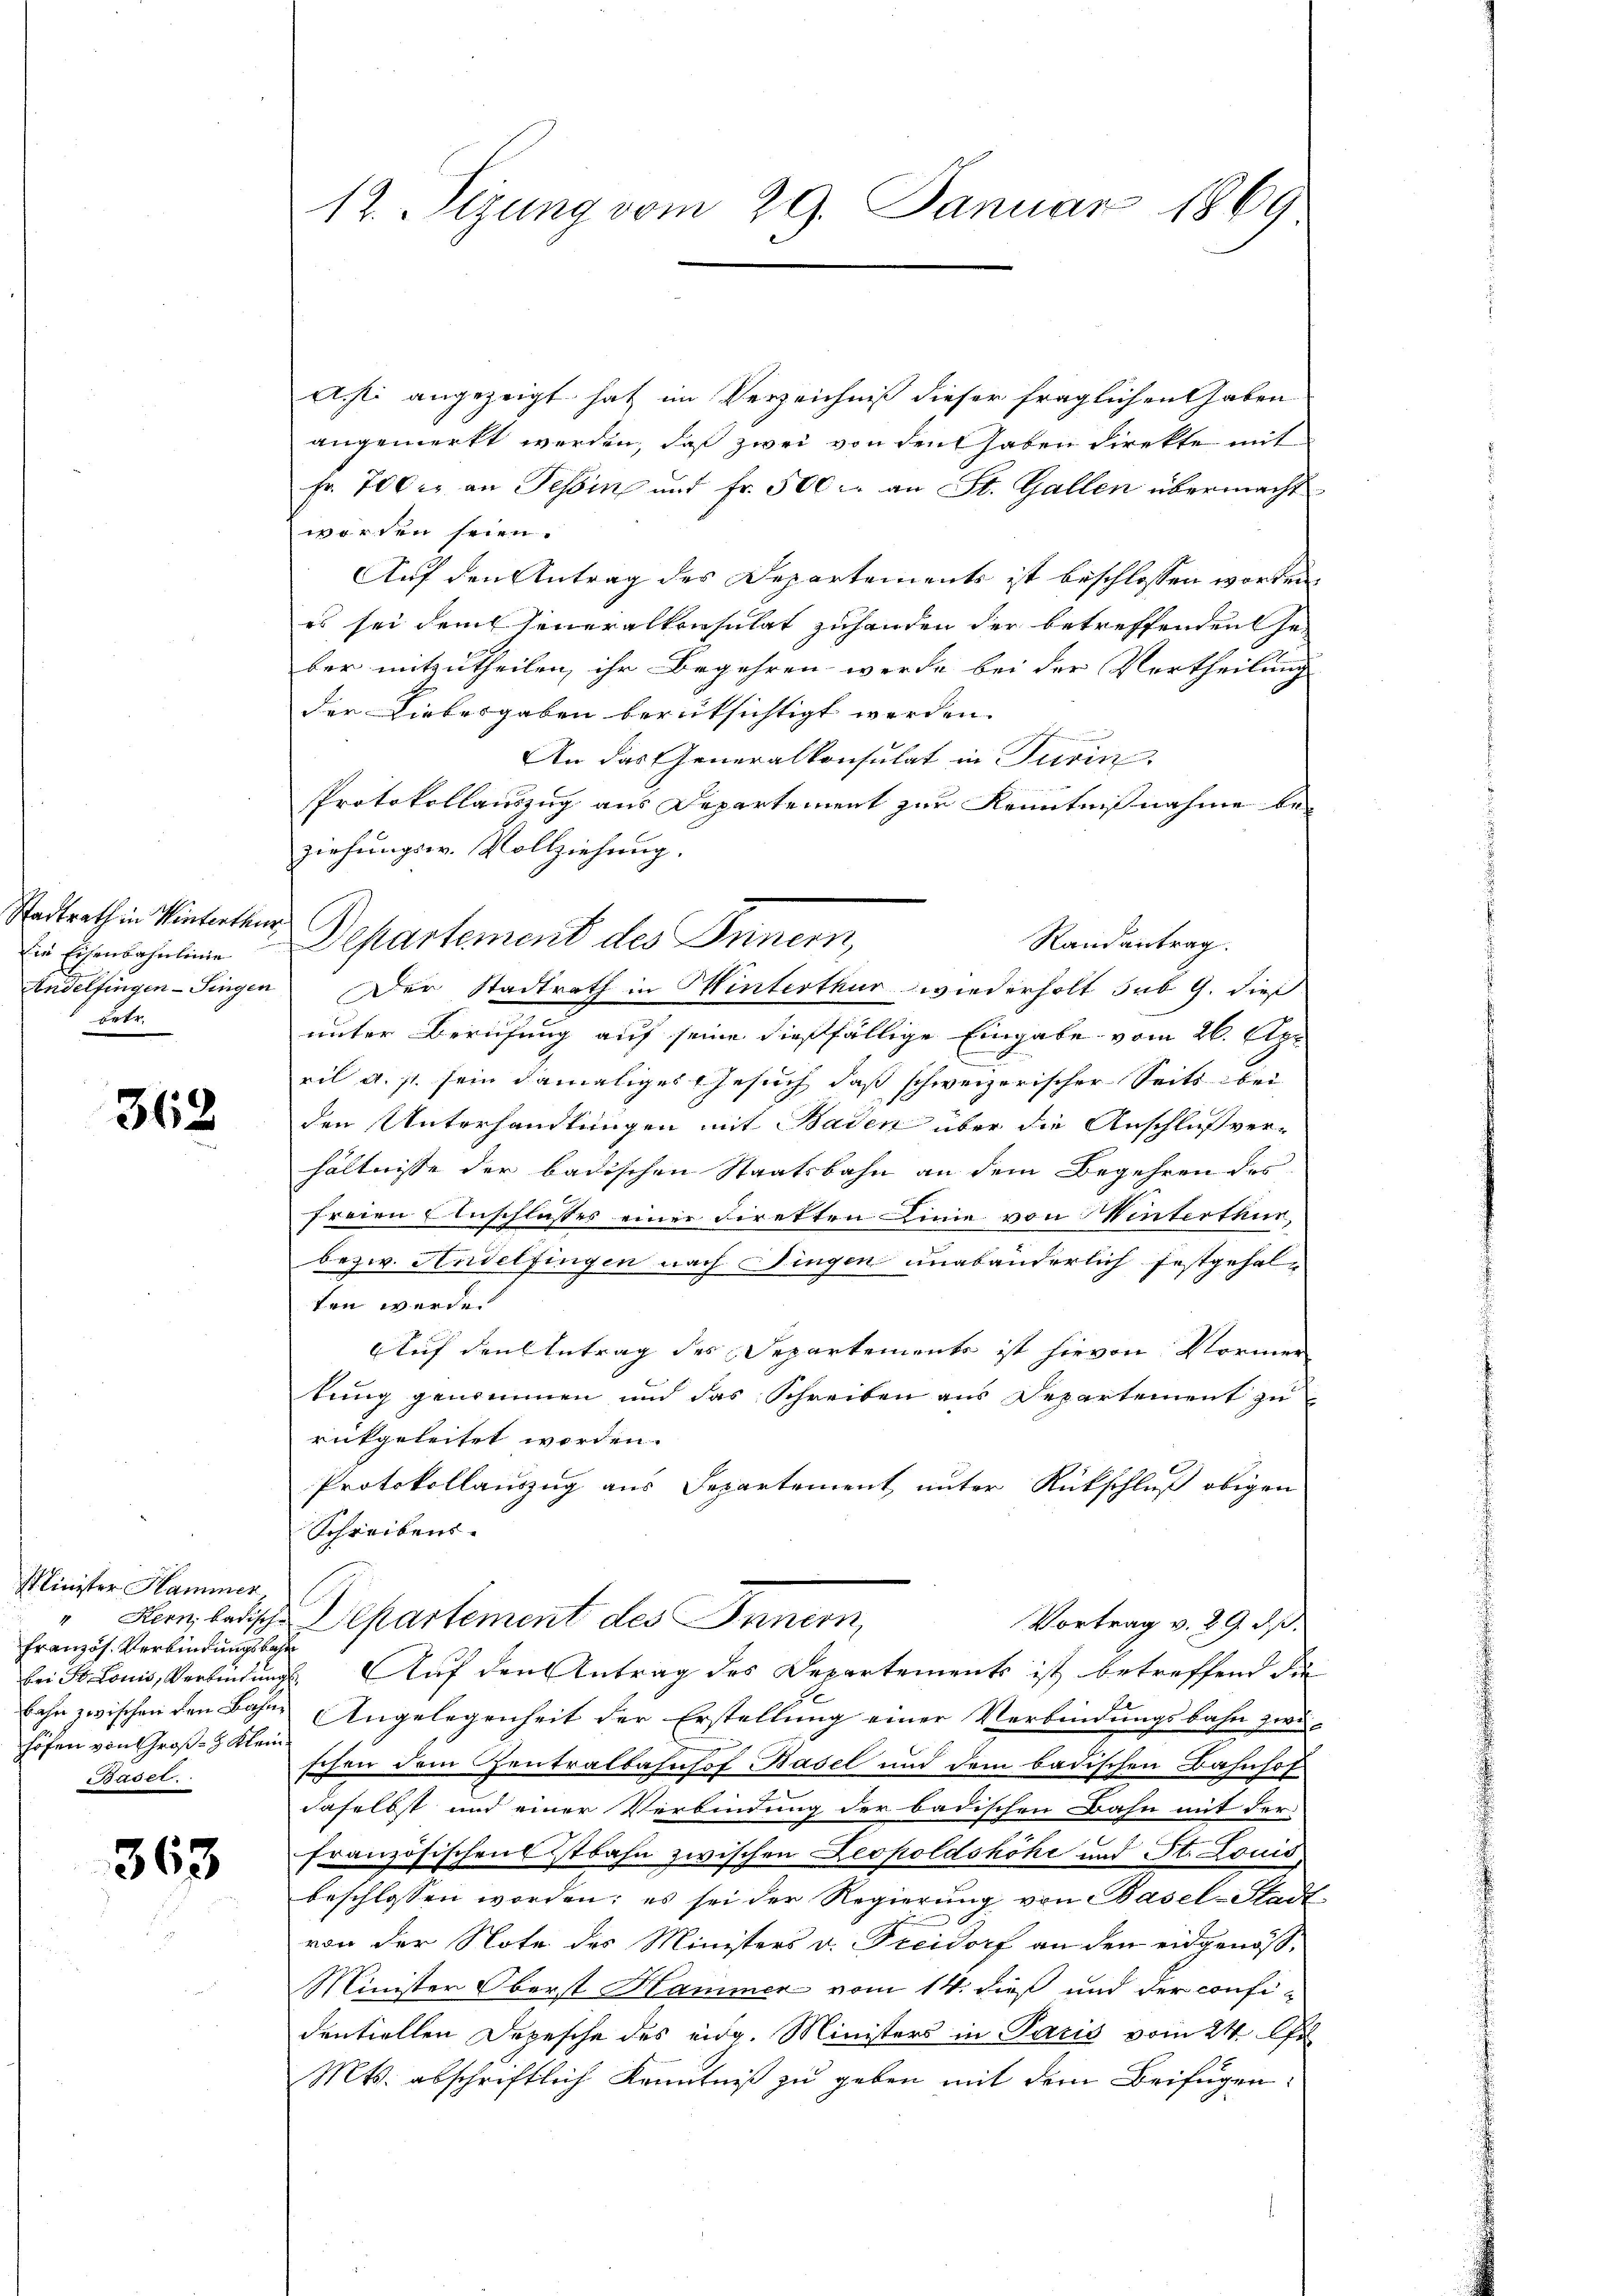
Stadtrath in Winterthur
Die Eisenbahnlinie
Andelfingen-Singen
 betr.

362

Minister Hammer
" Kern, badische
Französ. Verbindungskas
bei St. Louis, Verbindung
bahn zwischen den Bahne
höfen von Groß- & Klein
Bäder.

363

12. Sizung vom 29. Januar 1869

Asti angezeigt hat im Verzeichniß dieser fraglichen haben
angemerkt werden, daß zwei von den haben direkte mit
Fr. 700 er an Tessin und fr. 500 an St. Gallen übermacht
worden seien.
Auf den Antrag des Departements ist beschlossen worden
es sei dem Generalkonsulat zuhanden der betreffenden Ge-
ber mitzutheilen, ihr Begehren werde bei der Vertheilung
der Liebesgaben berüksichtigt werden. |
e
An das Generalkonsulat in Turin
Protokollauszug aus Departement zur Kenntnißnahme beziehungsw. Vollziehung.
Randantrag.
Der Stadtrath in Winterthur wiederholt sub 9. dies
unter Berufung auf seine dießfällige Eingabe vom 26. Apr
ril a. p. sein damaliges Gesuch, daß schweizerischer Seits bei
den Unterhandlungen mit Baden über die Anschlußverhältnisse der badischen Staatsbahn an dem Begehren des
freien Anschlusses einer Direkten Linie von Winterthur,
bezw. Andelfingen nach Fingen unabänderlich festgehalten werde.
Auf den Antrag des Departements ist hievon Normer
kung genommen und das Schreiben aus Departement zu
rückgeleitet worden.
Protokollauszug aus Separtement unter Rückschluß obigen
Schreibens.
Departement des Innern,
Vortrag v. 29 Rp.
 Auf den Antrag des Departements ist betreffend die
Angelegenheit der Erstellung einer Verbindungsbahn zwi-
schen dem Centralbahnhof Basel und dem badischen Bahnhof
daselbst und einer Verbindung der badischen Bahn mit der
Französischenstbahn zwischen Leopoldshöhe und St. Louis
beschlossen worden; es sei der Regierung von Basel-Stadt
von der Note des Ministers v. Freidorf an den eidgenös¬
Minister Oberst Hammer vom 14. dieß und der confi-
dentiellen Depesche des eidg. Ministers in Paris vom 24. Au
Mts. abschriftlich Kenntniß zu geben mit dem Beifügen:

Departement des Innern,